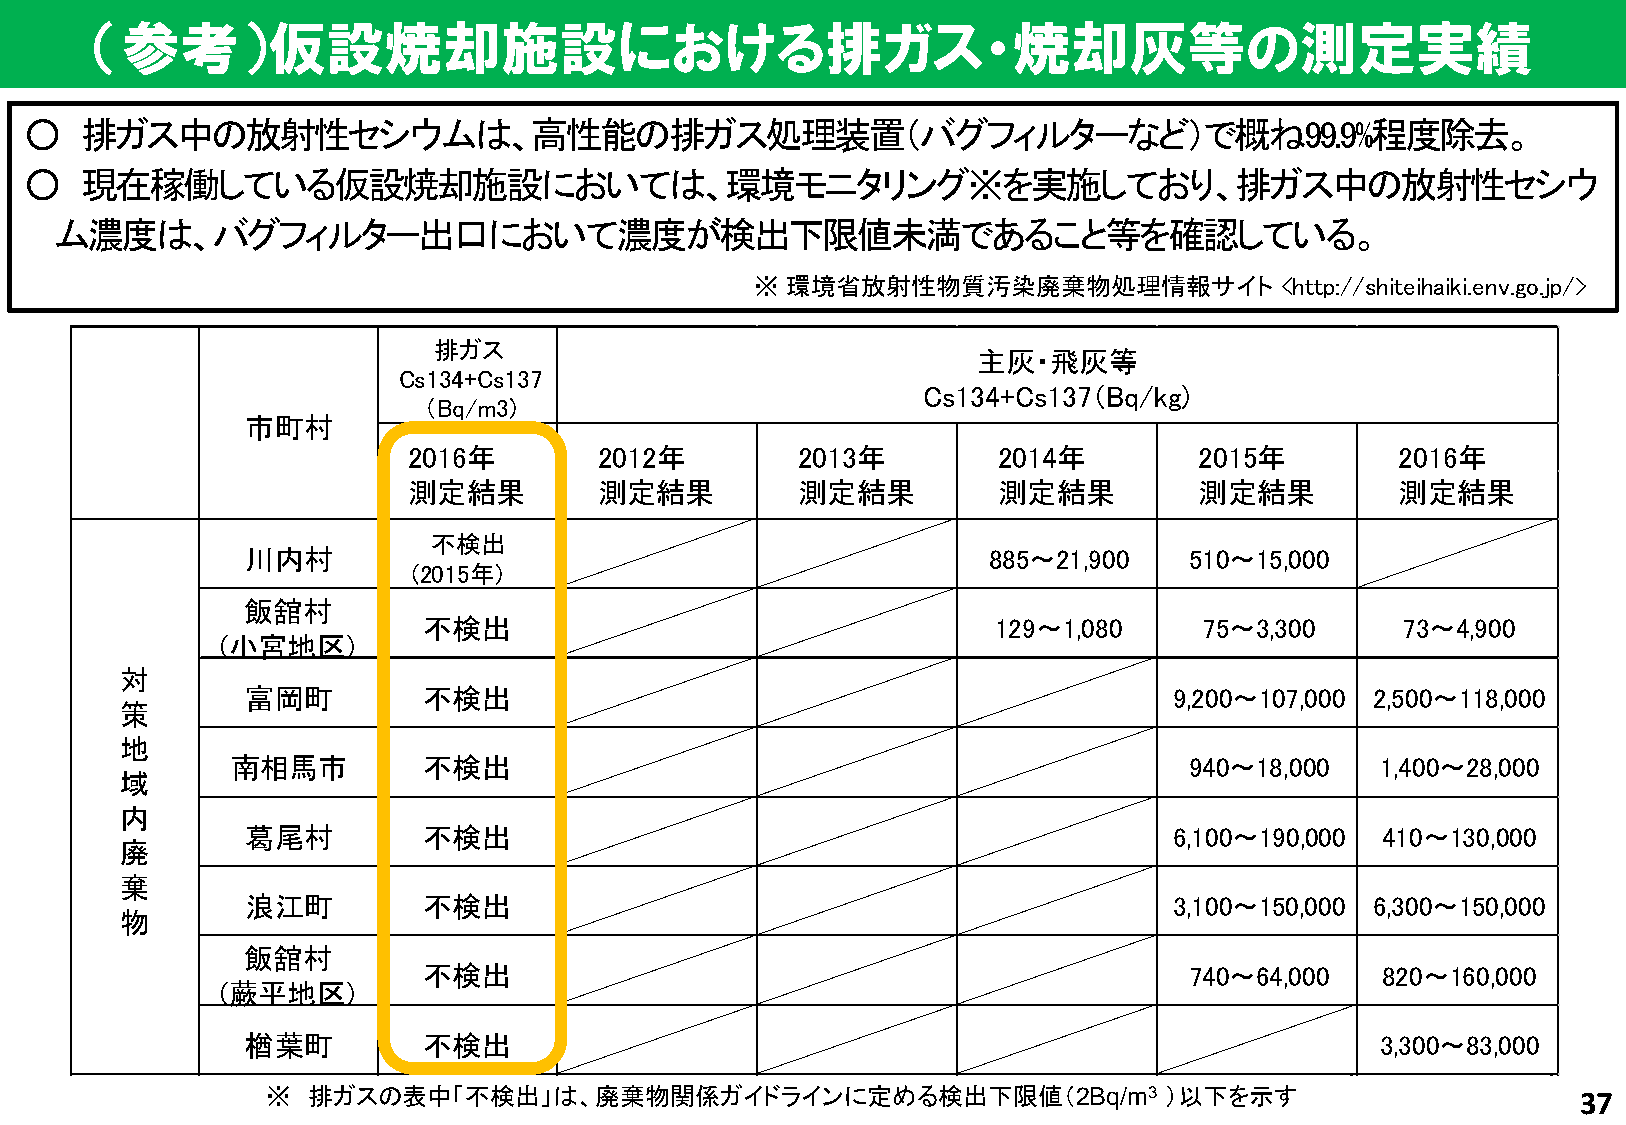
（参考）仮設焼却施設における排ガス・焼却灰等の測定実績
 ○  排ガス中の放射性セシウムは、高性能の排ガス処理装置（バグフィルターなど）で概ね99.9%程度除去。
 ○  現在稼働している仮設焼却施設においては、環境モニタリング※を実施しており、排ガス中の放射性セシウ
 ム濃度は、バグフィルター出口において濃度が検出下限値未満であること等を確認している。
 ※ 環境省放射性物質汚染廃棄物処理情報サイト             <http://shiteihaiki.env.go.jp/>
 排ガス
 主灰・飛灰等
 Cs134+Cs137
 Cs134+Cs137（Bq/kg)
 （Bq/m3)
 市町村
 2016年        2012年        2013年        2014年        2015年         2016年
 測定結果         測定結果         測定結果         測定結果         測定結果          測定結果
 不検出
 川内村                                              885～21,900    510～15,000
 (2015年)
 飯舘村
 不検出                                   129～1,080     75～3,300     73～4,900
 (小宮地区)
 対
 富岡町         不検出                                               9,200～107,000 2,500～118,000
 策
 地
 南相馬市         不検出                                                940～18,000  1,400～28,000
 域
 内
 葛尾村         不検出                                               6,100～190,000 410～130,000
 廃
 棄
 浪江町         不検出                                               3,100～150,000 6,300～150,000
 物
 飯舘村
 不検出                                                740～64,000  820～160,000
 (蕨平地区)
 楢葉町         不検出                                                            3,300～83,000
 ※ 排ガスの表中不「検不出検出」は、廃棄物関係ガイドラインに定める検出下限値（2Bq/m3              ）以下を示す                      37
 国災      相馬・新地                   320～6,080    240～14,710    250～4,280
 (2014年)
 代害